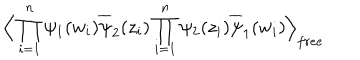
\Big \langle \prod _ { i = 1 } ^ { n } \psi _ { 1 } ( w _ { i } ) \overline { { { \psi } } } _ { 2 } ( z _ { i } ) \prod _ { i = 1 } ^ { n } \psi _ { 2 } ( z _ { i } ) \overline { { { \psi } } } _ { 1 } ( w _ { i } ) \Big \rangle _ { f r e e }